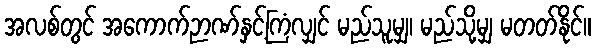
အလစ်တွင် အကောက်ဉာဏ်နှင့်ကြံလျှင် မည်သူမျှ၊ မည်သို့မျှ မတတ်နိုင်။